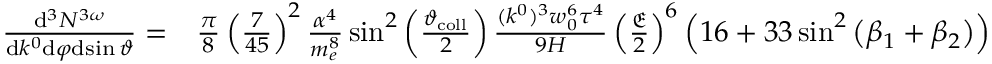
\begin{array} { r l } { \frac { \mathrm { d } ^ { 3 } N ^ { 3 \omega } } { \mathrm { d } k ^ { 0 } \mathrm { d } \varphi \mathrm { d } \! \sin \vartheta } = } & { { } \frac { \pi } { 8 } \left( \frac { 7 } { 4 5 } \right) ^ { 2 } \frac { \alpha ^ { 4 } } { m _ { e } ^ { 8 } } \sin ^ { 2 } \left( \frac { \vartheta _ { \mathrm { c o l l } } } { 2 } \right) \frac { ( k ^ { 0 } ) ^ { 3 } w _ { 0 } ^ { 6 } \tau ^ { 4 } } { 9 H } \left( \frac { { \mathfrak E } } { 2 } \right) ^ { 6 } \left( 1 6 + 3 3 \sin ^ { 2 } \left( \beta _ { 1 } + \beta _ { 2 } \right) \right) } \end{array}